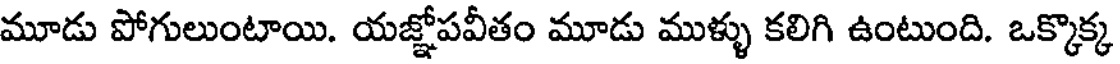
మూడు పోగులుంటాయి. యజ్ఞోపవీతం మూడు ముళ్ళు కలిగి ఉంటుంది. ఒక్కొక్క